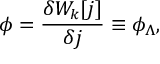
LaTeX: \phi = \frac { \delta W _ { k } [ j ] } { \delta j } \equiv \phi _ { \Lambda } ,